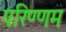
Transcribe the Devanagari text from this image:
परिण्णम